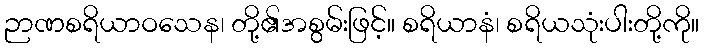
ဉာဏစရိယာဝသေန၊ တို့၏အစွမ်းဖြင့်။ စရိယာနံ၊ စရိယသုံးပါးတို့ကို။